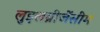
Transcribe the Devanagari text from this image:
लुइलब्रीजेंसींम